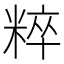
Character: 粹